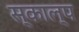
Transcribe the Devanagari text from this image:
स्काल्प